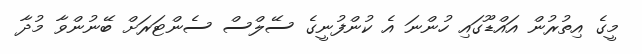
މީގެ އިތުރުން އައްޑޫގައި ހުންނަ އެ ކުންފުނީގެ ސޭލްސް ސެންޓަރަށް ބޭނުންވާ މުދާ